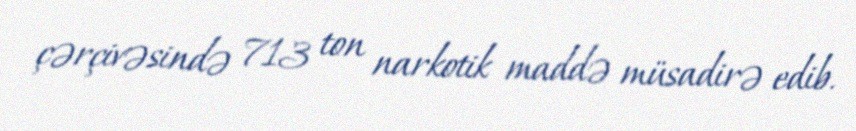
çərçivəsində 713 ton narkotik maddə müsadirə edib.